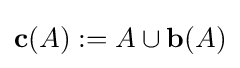
\mathbf {c} (A):=A\cup \mathbf {b} (A)